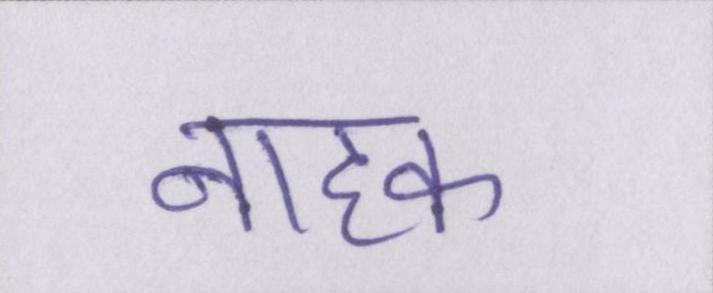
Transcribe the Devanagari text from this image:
नाहक